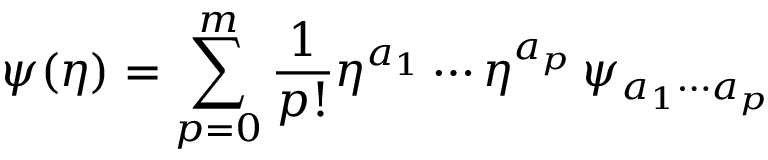
\psi ( \eta ) = \sum _ { p = 0 } ^ { m } \frac { 1 } { p ! } \eta ^ { a _ { 1 } } \cdots \eta ^ { a _ { p } } \, \psi _ { a _ { 1 } \cdots a _ { p } }